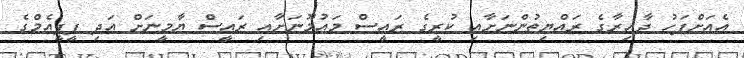
އެއަށްފަހު ދާއިރާގެ ރައްޔިތުންނަށާއި ކުރީގެ ރައީސް މައުމޫނަށާއި ރައީސް ޔާމީނަށް އަދި ޕީޕީއެމްގެ